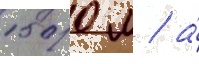
1500 м / а́